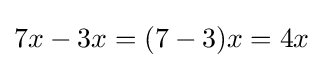
7x-3x=(7-3)x=4x